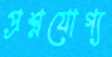
প্রশ্নযোগ্য